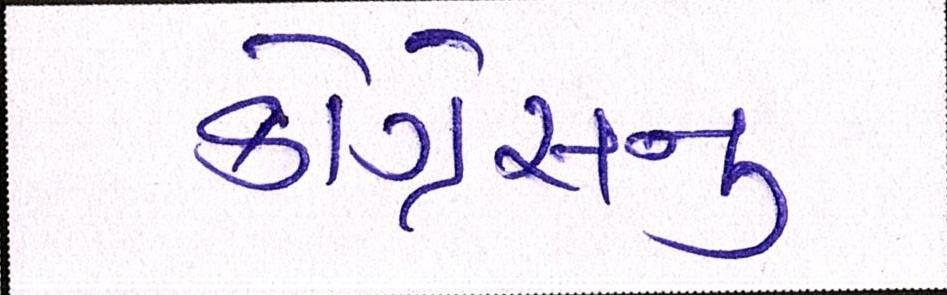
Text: કોંગ્રેસનુ